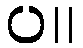
ပ။